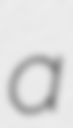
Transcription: a